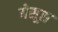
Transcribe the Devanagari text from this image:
येसूस